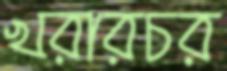
খরারচর